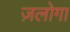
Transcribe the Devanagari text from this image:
ज़लोगा